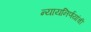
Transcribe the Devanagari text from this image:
न्यायनिर्णयांची